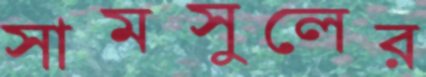
সামসুলের